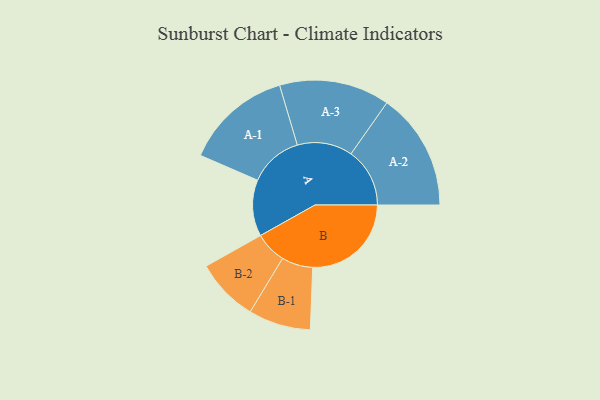
{"axis": {"x": "Segment", "y": "Value"}, "legend": ["", "A", "B"], "data": [{"x": "A", "y": 286, "type": ""}, {"x": "B", "y": 500, "type": ""}, {"x": "A-1", "y": 272, "type": "A"}, {"x": "A-2", "y": 298, "type": "A"}, {"x": "A-3", "y": 280, "type": "A"}, {"x": "B-1", "y": 158, "type": "B"}, {"x": "B-2", "y": 160, "type": "B"}]}